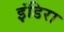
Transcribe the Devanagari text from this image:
इंडिरा